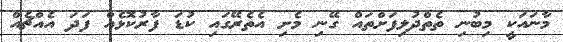
މާނައަކީ މިބުނި ތެތްދުލިފަށްތައް ގޭނި މެށި އެތެރޭގައި ކުޑަ ފާރުކޮޅެއް ފަދަ އެއްޗެއް